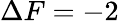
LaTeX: \Delta F=-2